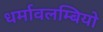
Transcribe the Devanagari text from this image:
धर्मावलम्बियो